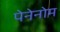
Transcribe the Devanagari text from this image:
पेनेनोम